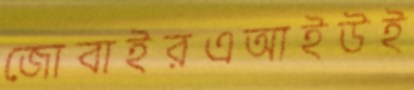
জোবাইরএআইউই